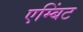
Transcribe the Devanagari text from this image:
एम्बिंट